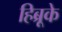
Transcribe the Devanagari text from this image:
हिब्रूके